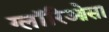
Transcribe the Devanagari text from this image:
ग्लॉरिओसा